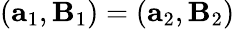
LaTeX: (\mathbf{a}_{1},\mathbf{B}_{1})=(\mathbf{a}_{2},\mathbf{B}_{2})